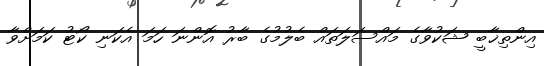
އިންތިޚާބީ ޝަކުވާގެ މައްސަލަތައް ބެލުމުގެ ބާރު އޮންނަ ހަމަ އެކަނި ކޯޓު ކަމަށްވާ